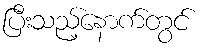
ပြီးသည့်နောက်တွင်